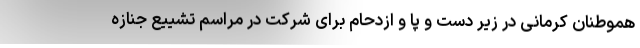
هموطنان کرمانی در زیر دست و پا و ازدحام برای شرکت در مراسم تشییع جنازه